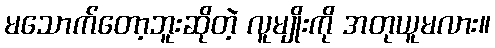
မသောက်တော့ဘူးဆိုတဲ့ လူမျိုးကို အတုယူမလား။